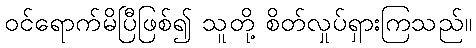
ဝင်ရောက်မိပြီဖြစ်၍ သူတို့ စိတ်လှုပ်ရှားကြသည်။